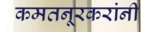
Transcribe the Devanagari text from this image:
कमतनूरकरांनी